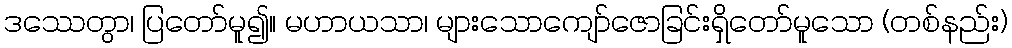
ဒဿေတွာ၊ ပြတော်မူ၍။ မဟာယသာ၊ များသောကျော်ဇောခြင်းရှိတော်မူသော (တစ်နည်း)